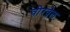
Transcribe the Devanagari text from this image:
वीरवेल